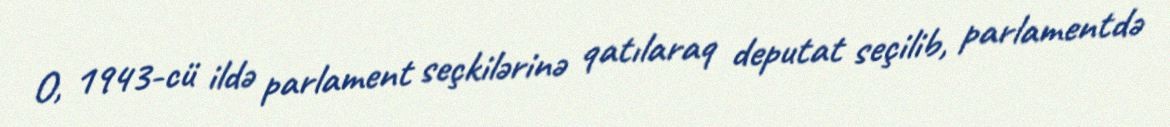
O, 1943-cü ildə parlament seçkilərinə qatılaraq deputat seçilib, parlamentdə